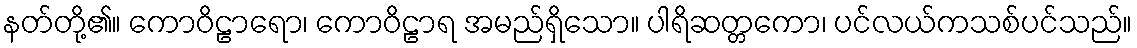
နတ်တို့၏။ ကောဝိဠာရော၊ ကောဝိဠာရ အမည်ရှိသော။ ပါရိဆတ္တကော၊ ပင်လယ်ကသစ်ပင်သည်။